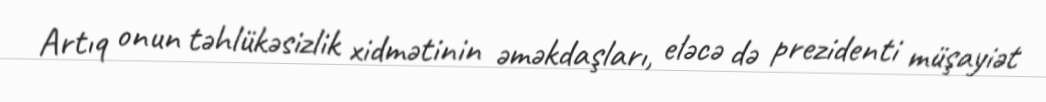
Artıq onun təhlükəsizlik xidmətinin əməkdaşları, eləcə də prezidenti müşayiət